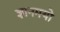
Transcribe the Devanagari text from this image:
ज्ञानमयो